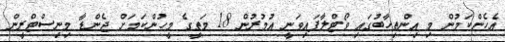
އެހެންކަމުން މި އިންތިހާބުގައި ވޯޓްލާފައިވަނީ އުމުރުން 18 މަތީގެ މީހުންކަމަށް ޖެންޑާ މިނިސްޓްރީން